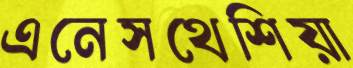
এনেসথেশিয়া